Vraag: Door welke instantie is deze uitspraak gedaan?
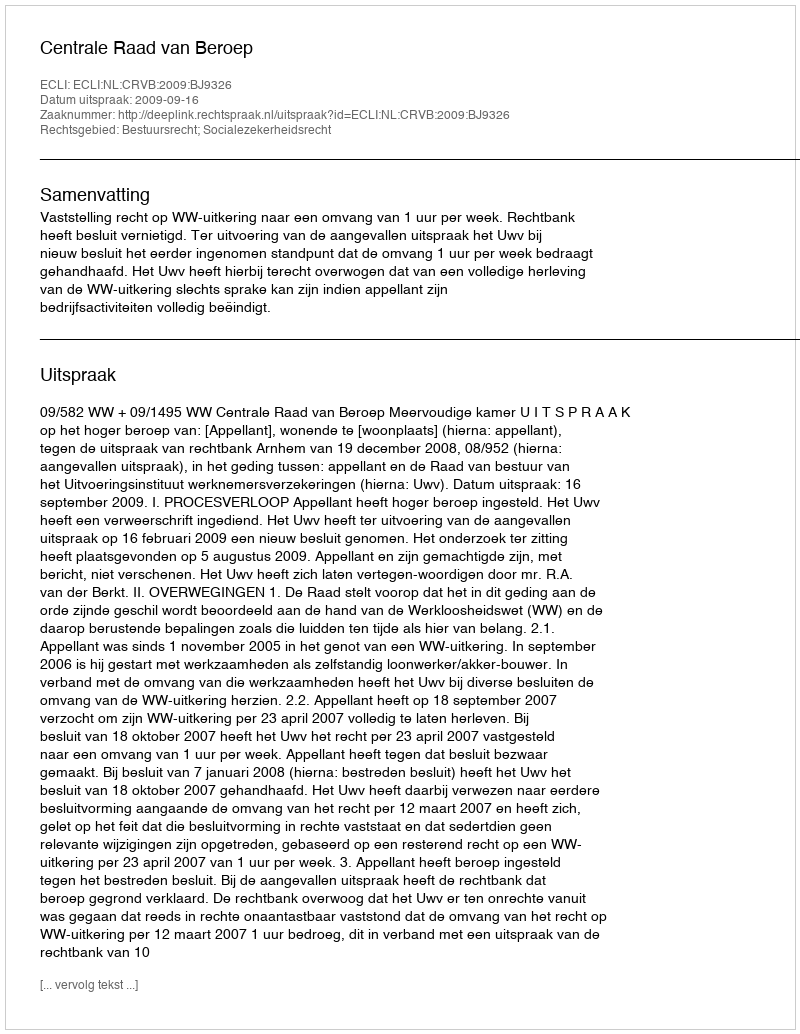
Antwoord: Centrale Raad van Beroep